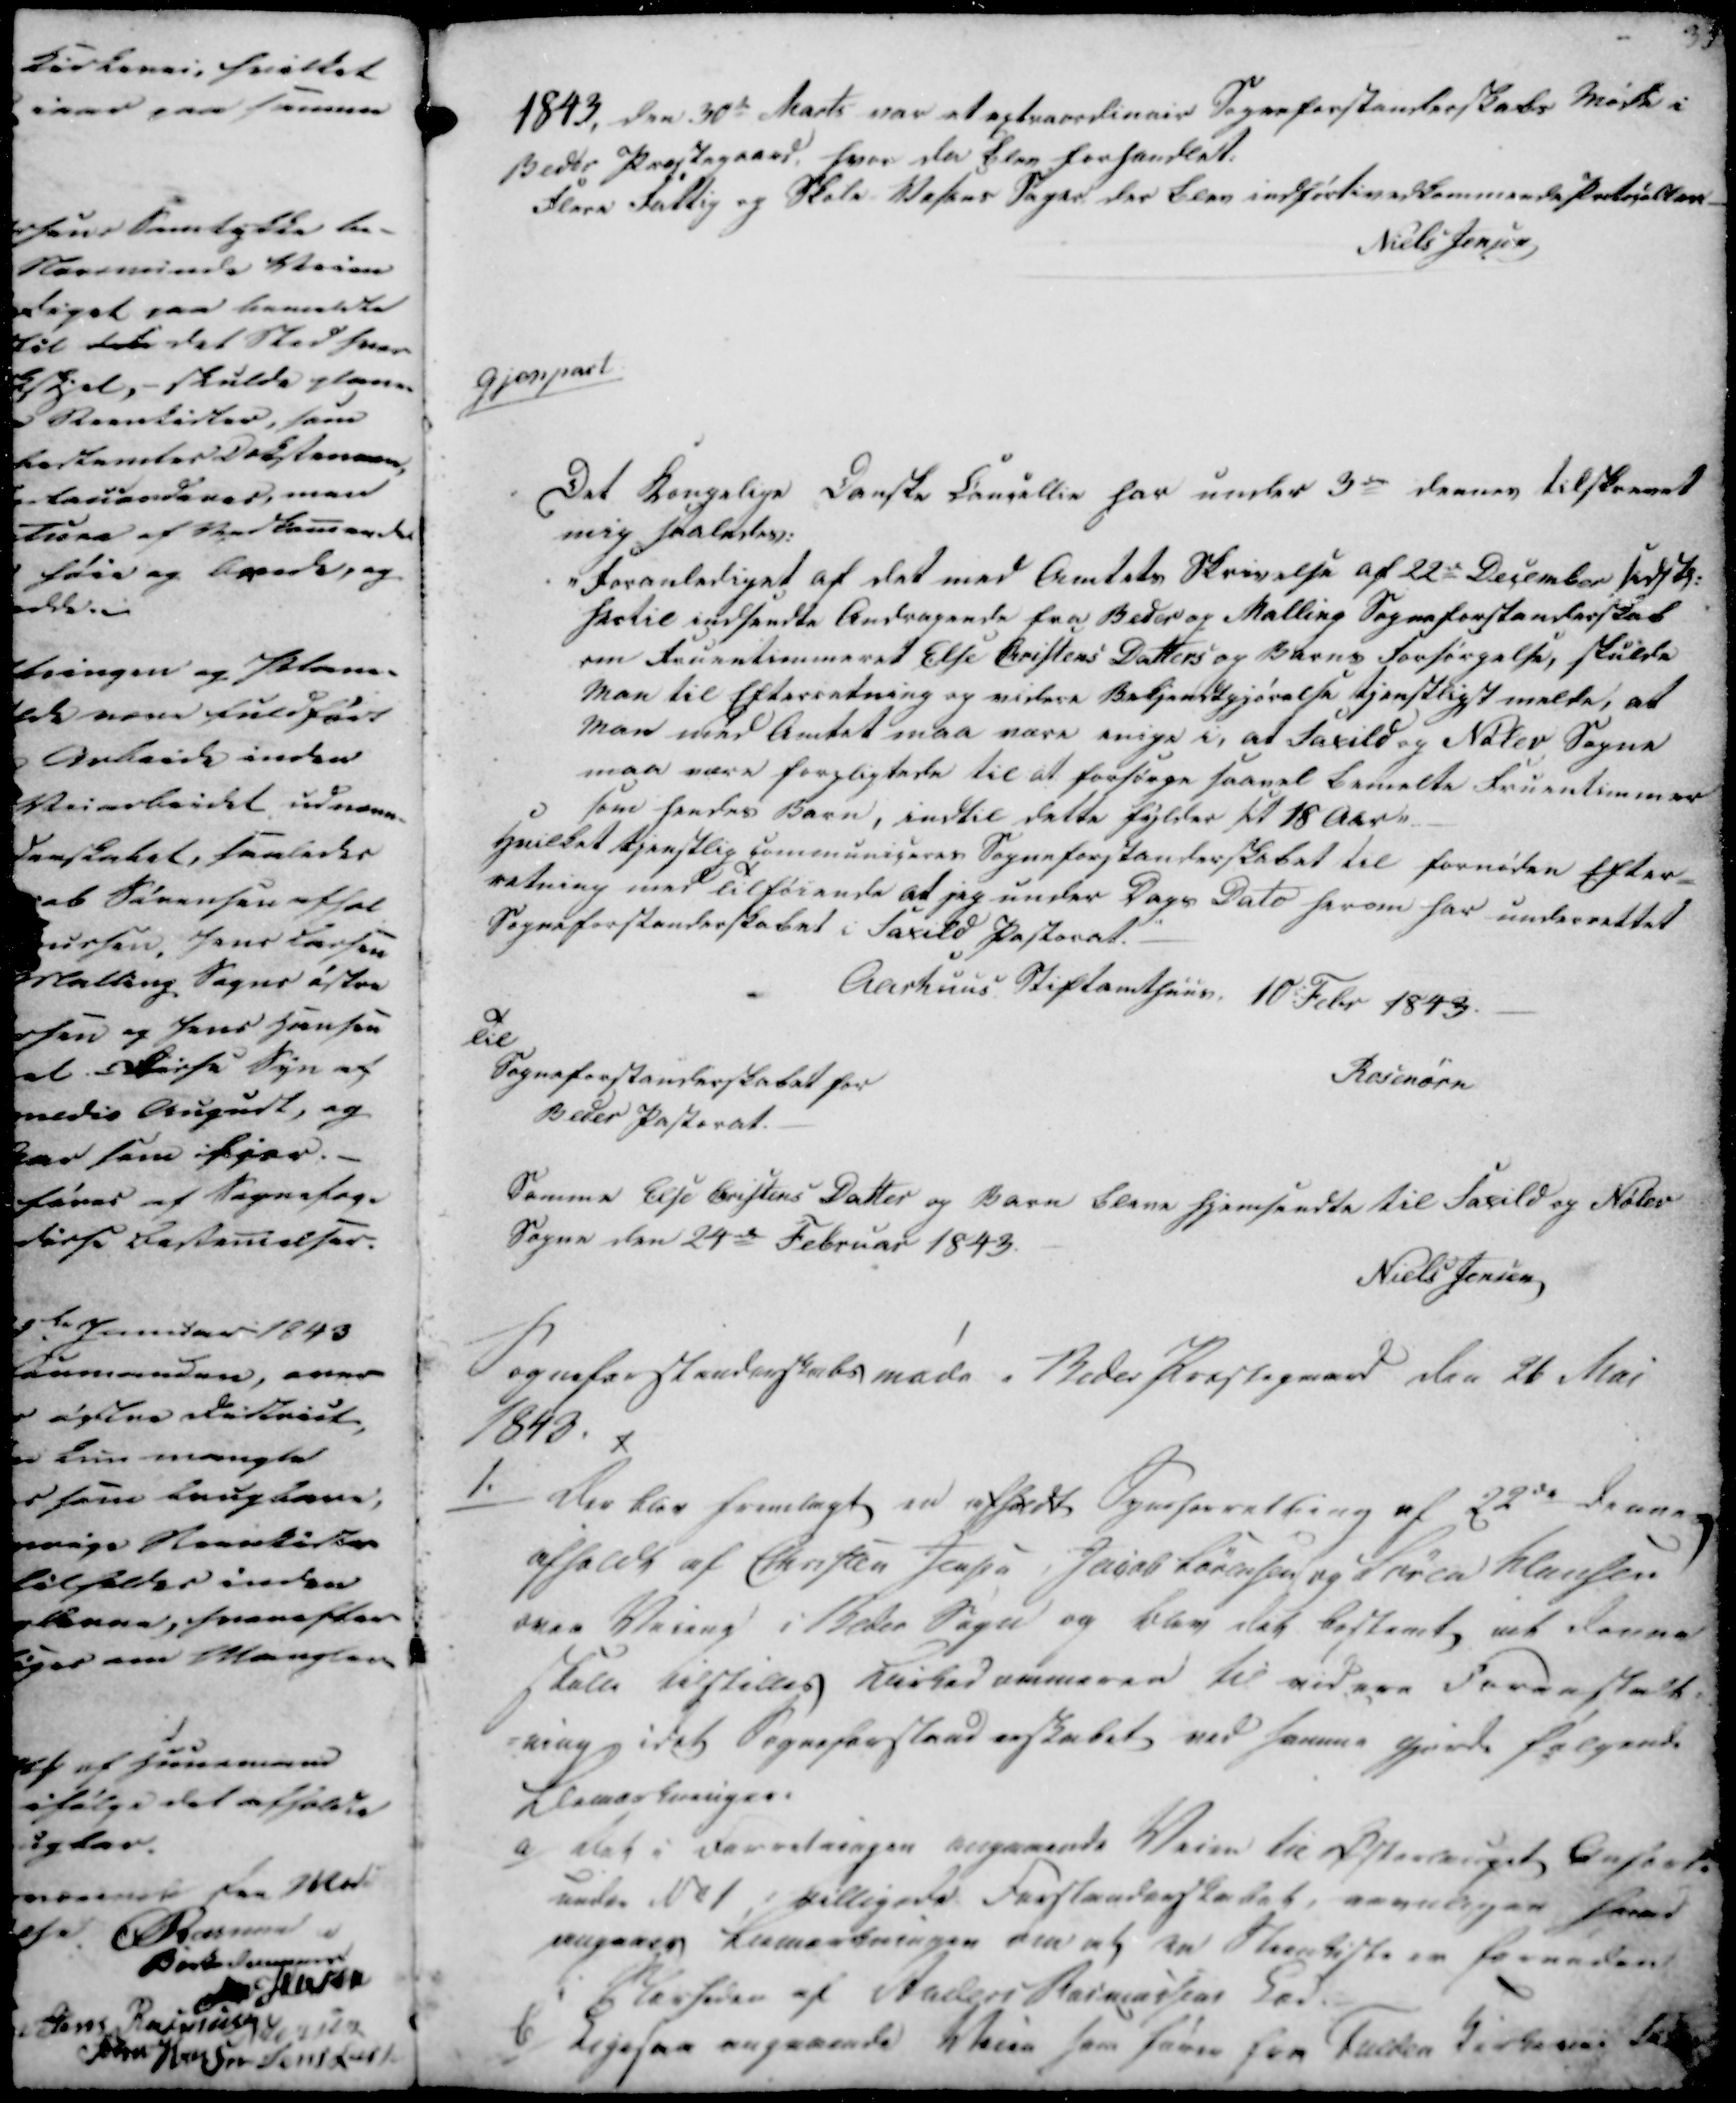
Transskription:
1843, den 30de Marts var at extraordinair Sogneforstanderskabs Møde i
Beder Præstegaard, hvor da blev forhandlet.
Flarer Fattig og Skole Vesens Sager der blev indført i Vedkommende Protokoller
Niels Jensen

Gjenpart

Det kongelige Danske Cacellie har under 3de dennes tilskrevet
mig saaledes:
"Foranlediget af det med Amtets Skrivelse af 22de December sidste:
hertil indsendte Andragende fra Beder og Malling Sogneforstanderskab
om Fruentimmeret Else Cristens Datters og Barns Forsørgelse, skulde
Man til Efterretning og videre Bekjendtgjørelse tjenstligst melde, at
Man med Amtet maa være enige i, at Saxild og Nølev Sogne
maa være forpligtede til at forsørge saavel bemelte Fruentimmer
som hendes Barn, indtil dette fylder sit 18 Aar"

Hvilket tjenstlig Communigarer Sogneforstanderskabet til fornøden Efter-
retning med Tilhørende at jeg under Dags Dato herom har underrettet
Sogneforstanderskabet i Saxild, Pastorat."
Aarhuus Stiftamthuus, 10 Febr 1843.

Til
Sogneforstanderskabet for
Beder Pastorat.

Rosenørn

Samme Else Cristens Datter og Barn bleve hjemsendte til Saxild og Nølev
Sogne den 24de Februar 1843.
Niels Jensen

Sogneforstanderskabsmøde i Beder Præstegaard den 26 Mai
1843. x

1.

Der blev fremlagt en afholdt Sogneforretning af 22de Januar
afholdt af Christen Jensen, Jacob Sørensen og Søren Hansen
over Veiene i Beder Sogn og blev det bestemt at denne
Skulle tilstilles Larked ammeren til videre Foranstalt-
-ning, idet Sogneforstanderskabet ved samme gjorde følgende
Bemærkninger.

a/
Det i Forretningen angaaende Veien til Østerlanget Anført
under No 1 i villigede Forstanderskabet, arnaligen Faad
angaaer Bemærkningen om at to Steenkister er Formanden
i Skerseden af Anders Rasmussens Sæd.

b/
Ligesaa angaaende blive som fører fra Fulden Kirkevei ...